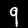
Label: 9